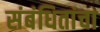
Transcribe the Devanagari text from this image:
संबंधितांचा